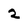
Character: 2